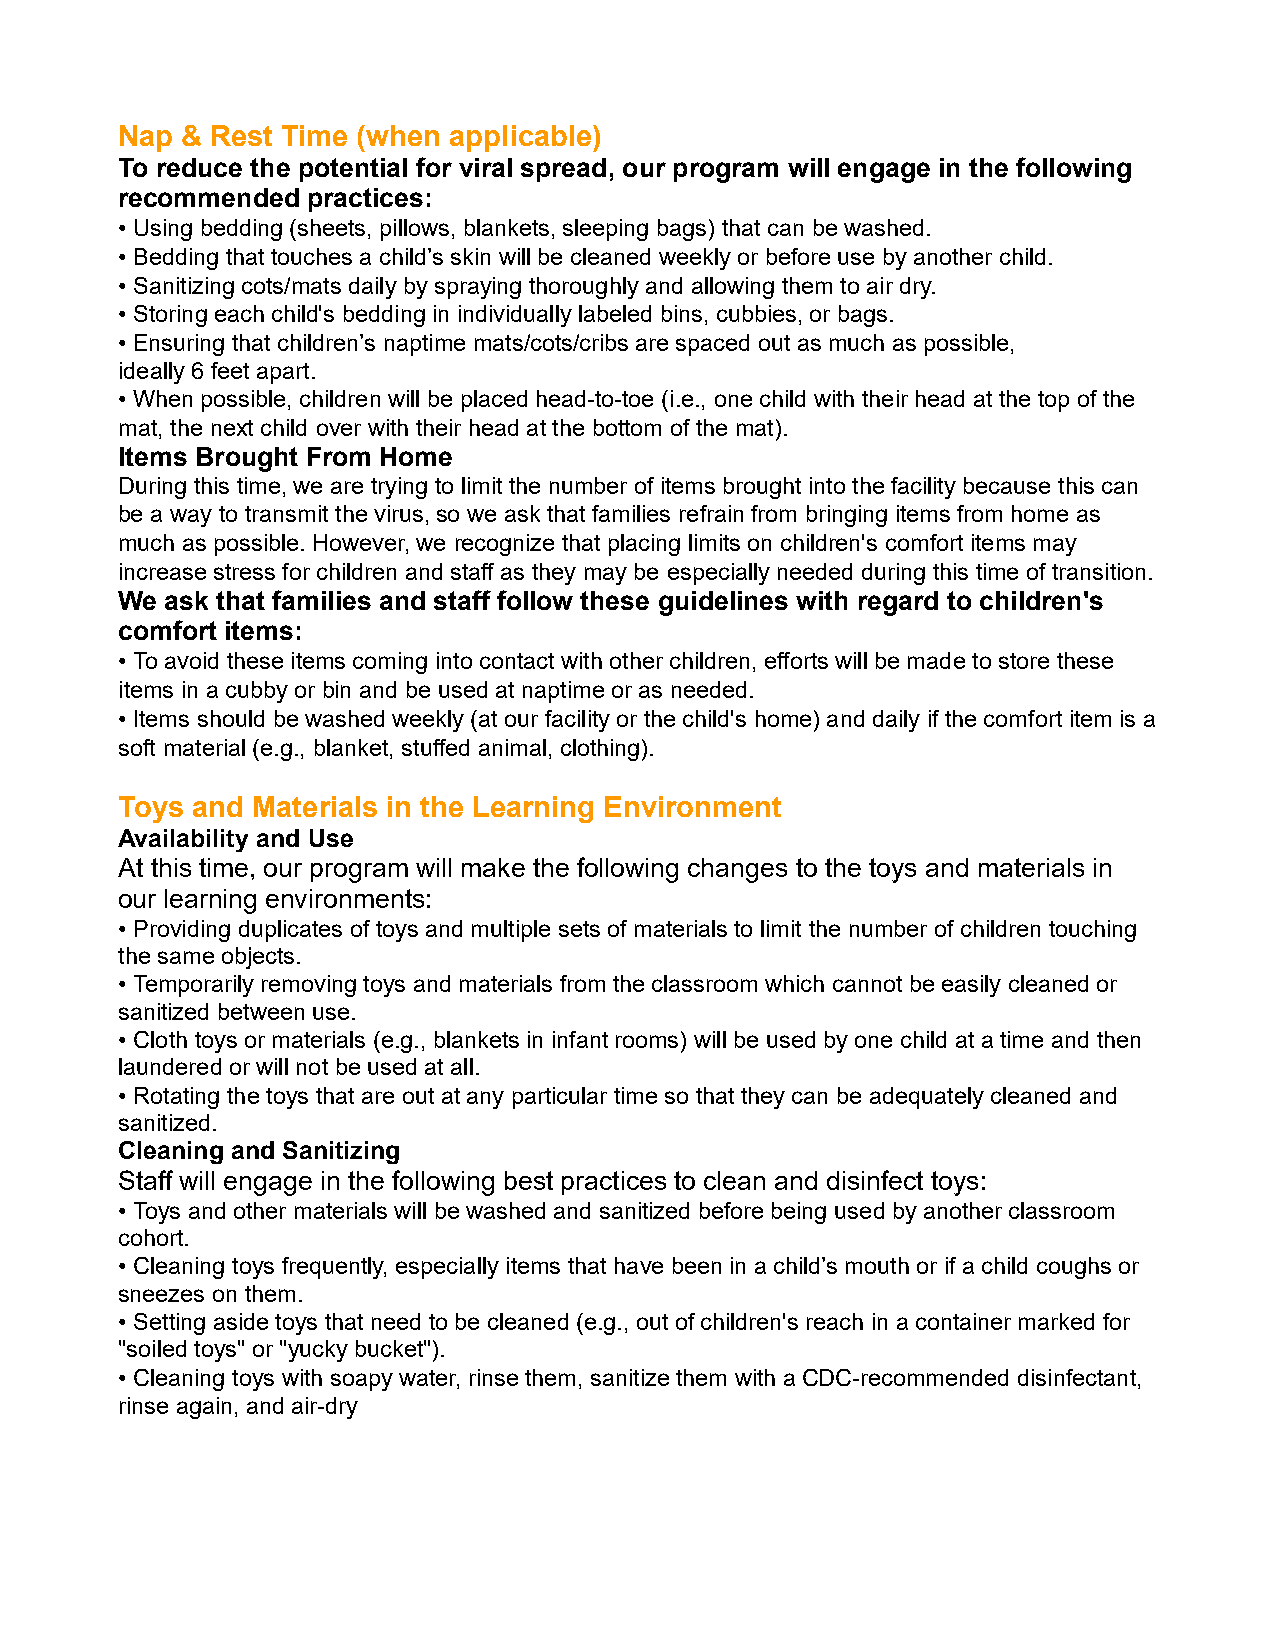
Nap & Rest Time (when applicable)
 To reduce the potential for viral spread, our program will engage in the following
 recommended practices:
 • Using bedding (sheets, pillows, blankets, sleeping bags) that can be washed.
 • Bedding that touches a child’s skin will be cleaned weekly or before use by another child.
 • Sanitizing cots/mats daily by spraying thoroughly and allowing them to air dry.
 • Storing each child's bedding in individually labeled bins, cubbies, or bags.
 • Ensuring that children’s naptime mats/cots/cribs are spaced out as much as possible,
 ideally 6 feet apart.
 • When possible, children will be placed head-to-toe (i.e., one child with their head at the top of the
 mat, the next child over with their head at the bottom of the mat).
 Items Brought From Home
 During this time, we are trying to limit the number of items brought into the facility because this can
 be a way to transmit the virus, so we ask that families refrain from bringing items from home as
 much as possible. However, we recognize that placing limits on children's comfort items may
 increase stress for children and staff as they may be especially needed during this time of transition.
 We ask that families and staff follow these guidelines with regard to children's
 comfort items:
 • To avoid these items coming into contact with other children, efforts will be made to store these
 items in a cubby or bin and be used at naptime or as needed.
 • Items should be washed weekly (at our facility or the child's home) and daily if the comfort item is a
 soft material (e.g., blanket, stuffed animal, clothing).
 Toys and Materials in the Learning Environment
 Availability and Use
 At this time, our program will make the following changes to the toys and materials in
 our learning environments:
 • Providing duplicates of toys and multiple sets of materials to limit the number of children touching
 the same objects.
 • Temporarily removing toys and materials from the classroom which cannot be easily cleaned or
 sanitized between use.
 • Cloth toys or materials (e.g., blankets in infant rooms) will be used by one child at a time and then
 laundered or will not be used at all.
 • Rotating the toys that are out at any particular time so that they can be adequately cleaned and
 sanitized.
 Cleaning and Sanitizing
 Staff will engage in the following best practices to clean and disinfect toys:
 • Toys and other materials will be washed and sanitized before being used by another classroom
 cohort.
 • Cleaning toys frequently, especially items that have been in a child’s mouth or if a child coughs or
 sneezes on them.
 • Setting aside toys that need to be cleaned (e.g., out of children's reach in a container marked for
 "soiled toys" or "yucky bucket").
 • Cleaning toys with soapy water, rinse them, sanitize them with a CDC-recommended disinfectant,
 rinse again, and air-dry